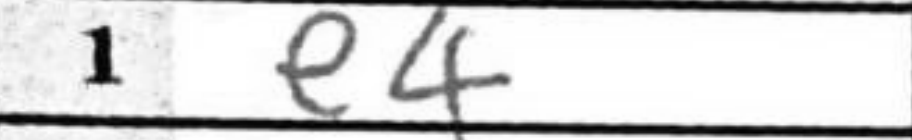
Transcription: e4